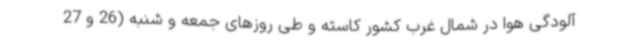
آلودگی هوا در شمال غرب کشور کاسته و طی روزهای جمعه و شنبه (26 و 27